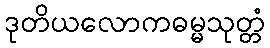
ဒုတိယလောကဓမ္မသုတ္တံ